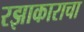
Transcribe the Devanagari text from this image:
रझाकाराचा